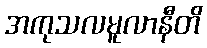
အကုသလမူလာနီတိ